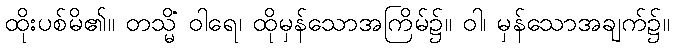
ထိုးပစ်မိ၏။ တသ္မိံ ဝါရေ၊ ထိုမှန်သောအကြိမ်၌။ ဝါ၊ မှန်သောအချက်၌။